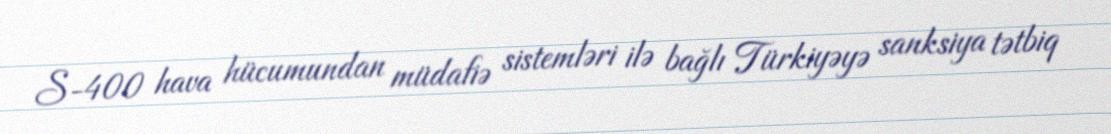
S-400 hava hücumundan müdafiə sistemləri ilə bağlı Türkiyəyə sanksiya tətbiq